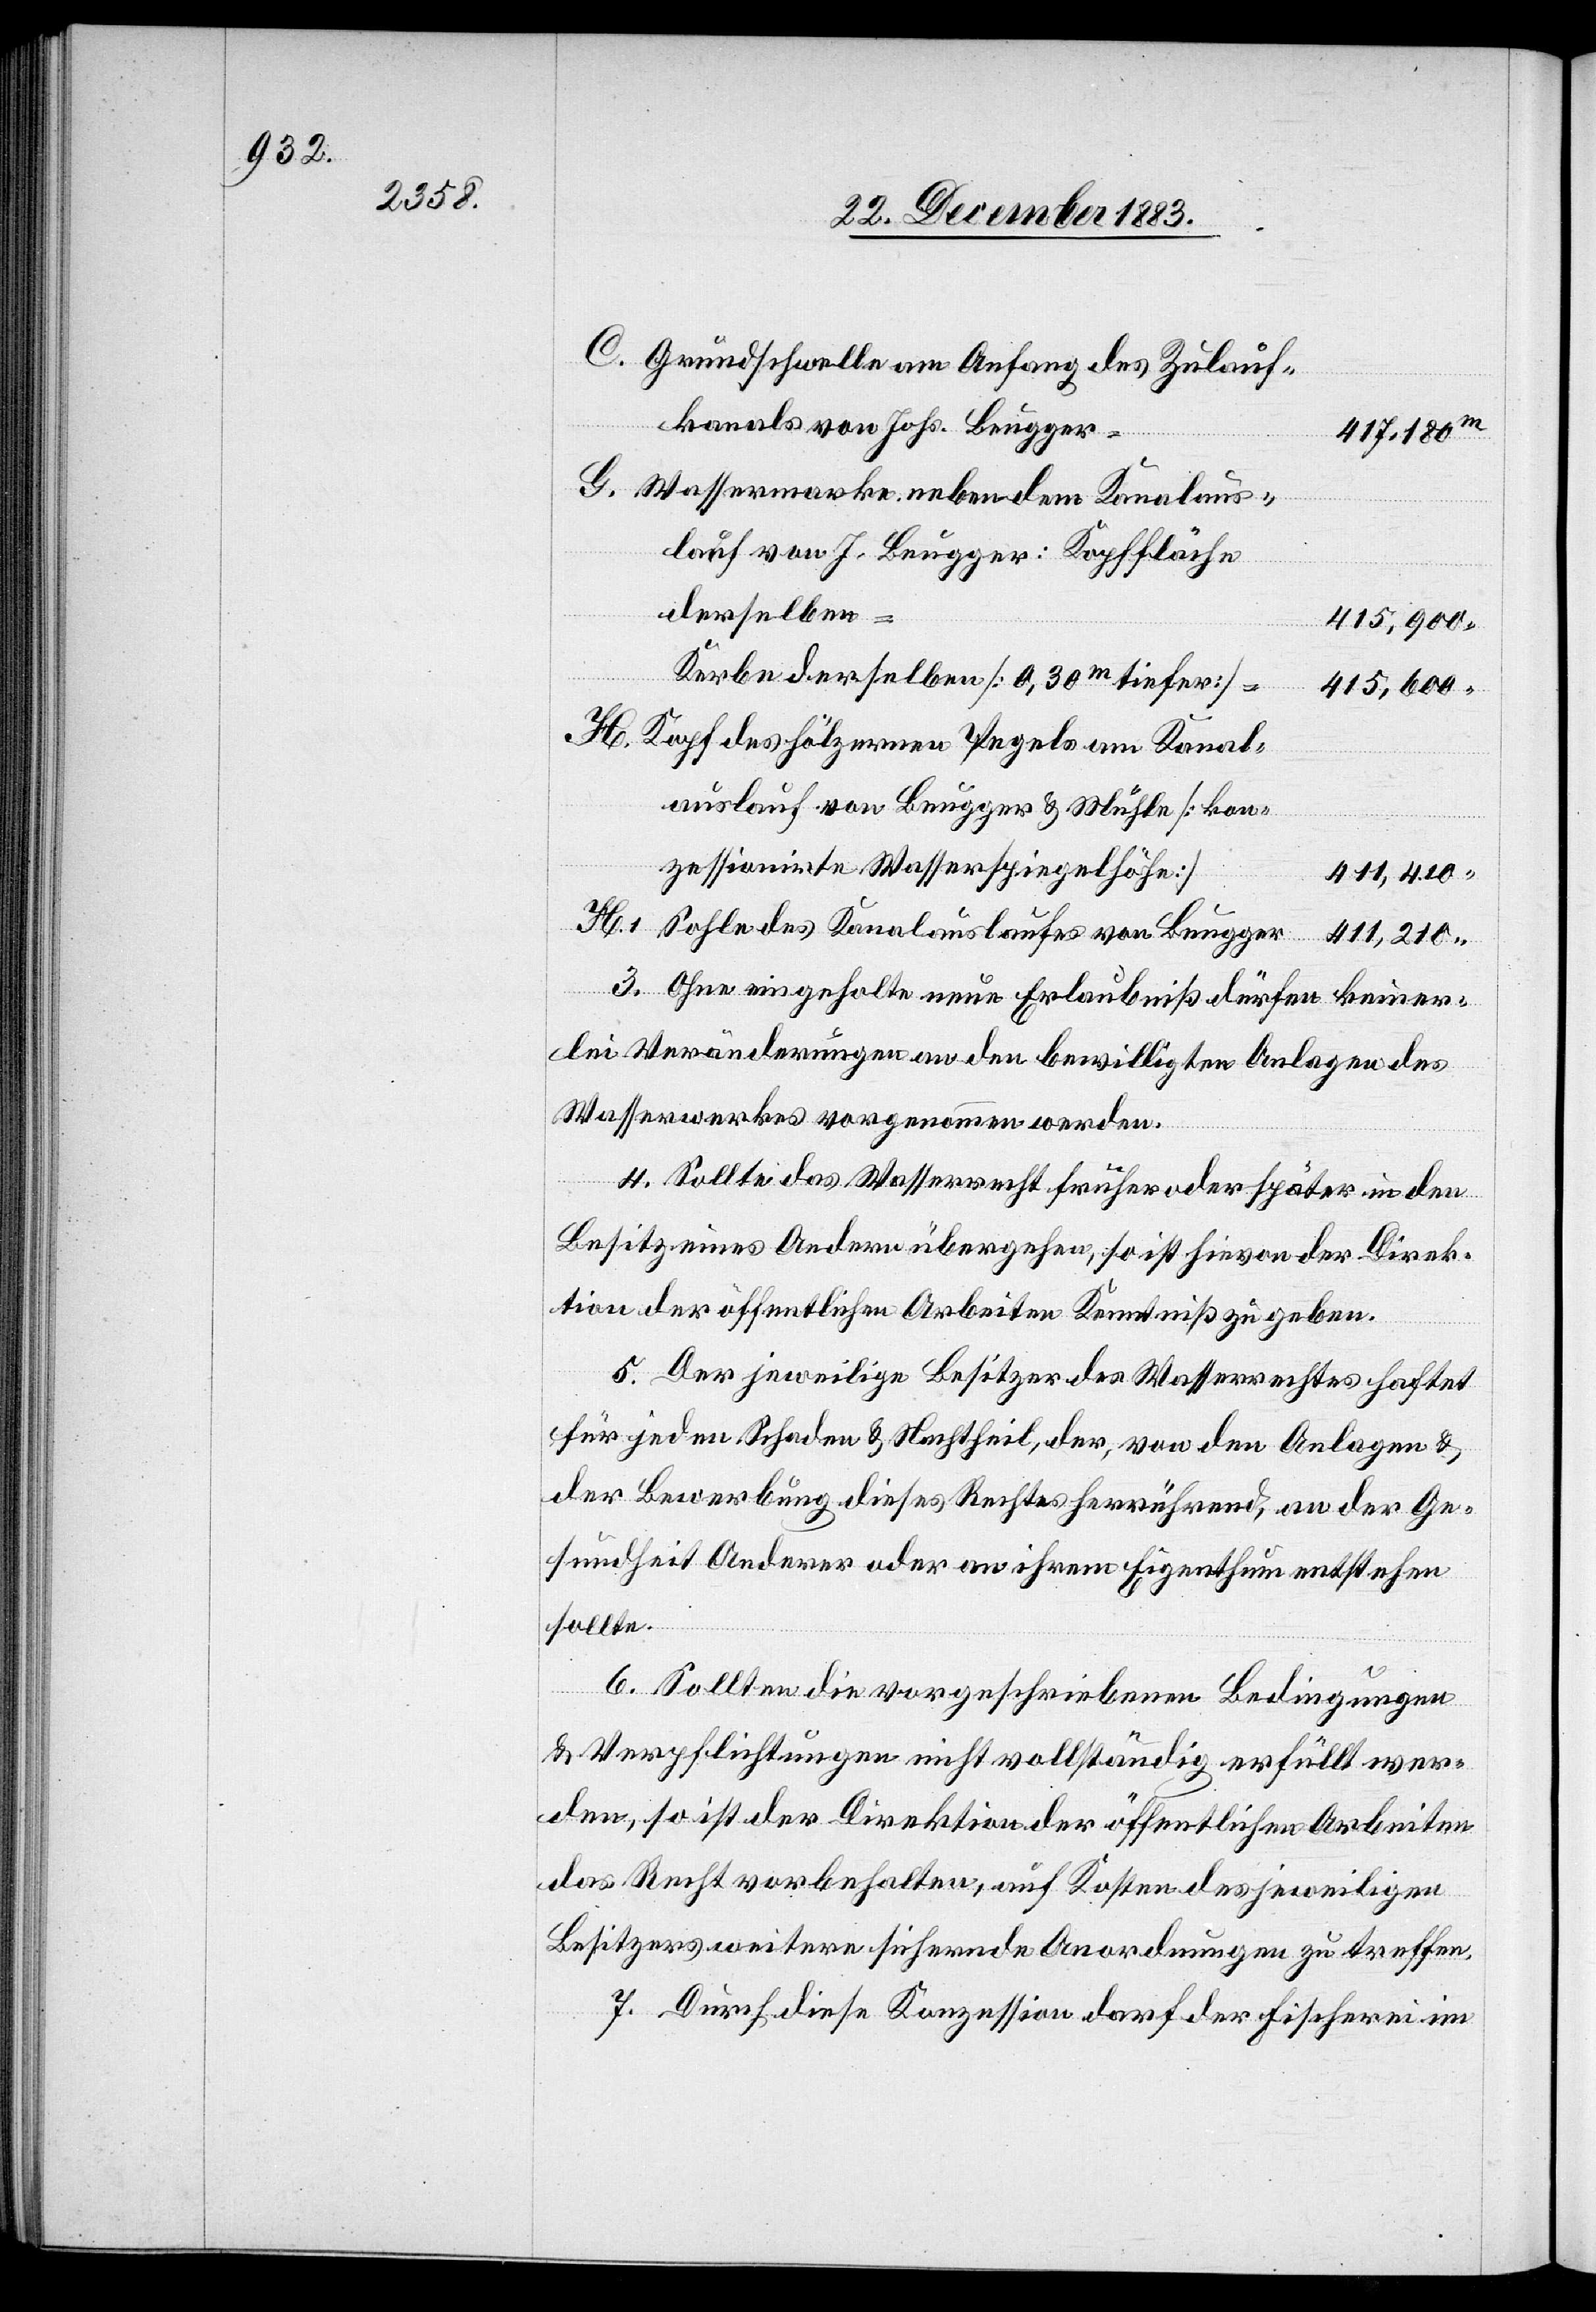
Grundschwelle am Anfang des Zulauf¬
kanals von Johs. Brugger
417,180
Wassermarke neben dem Kanalaus¬
lauf von J. Brugger: Kopffläche
derselben
415,900
Kerbe derselben [0,30m tiefer]
415,600
Kopf des hölzernen Pegels am Kanal¬
auslauf von Brugger & Mühle [Kon¬
zessionirte Wasserspiegelhöhe]
411,410
Sohle des Kanalauslaufes von Brugger
411,210
3. Ohne eingeholte neue Erlaubniß dürfen keiner¬
lei Veränderungen an den bewilligten Anlagen des
Wasserwerkes vorgenommen werden.
4. Sollte das Wasserrecht früher oder später in den
Besitz eines Andern übergehen, so ist hievon der Direk¬
tion der öffentlichen Arbeiten Kenntniß zu geben.
5. Der jeweilige Besitzer des Wasserrechtes haftet
für jeden Schaden & Nachtheil, der, von den Analgen &
der Bewerbung dieses Rechtes herrührend, an der Ge¬
sundheit Anderer oder an ihrem Eigenthum entstehen
sollte.
6. Sollten die vorgeschriebenen Bedingungen
& Verpflichtungen nicht vollständig erfüllt wer¬
den, so ist der Direktion der öffentlichen Arbeiten
das Recht vorbehalten, auf Kosten des jeweiligen
Besitzers weitere sichernde Anordnungen zu treffen.
7. Durch diese Konzession darf der Fischerei im